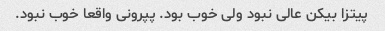
پیتزا بیکن عالی نبود ولی خوب بود. پپرونی واقعا خوب نبود.